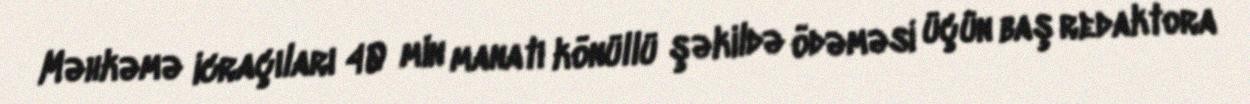
Məhkəmə icraçıları 40 min manatı könüllü şəkildə ödəməsi üçün baş redaktora